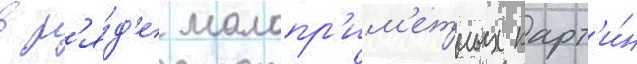
в р'я́д'е малопр'им'етных карт'и́н